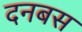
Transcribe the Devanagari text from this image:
दनबस